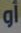
أو